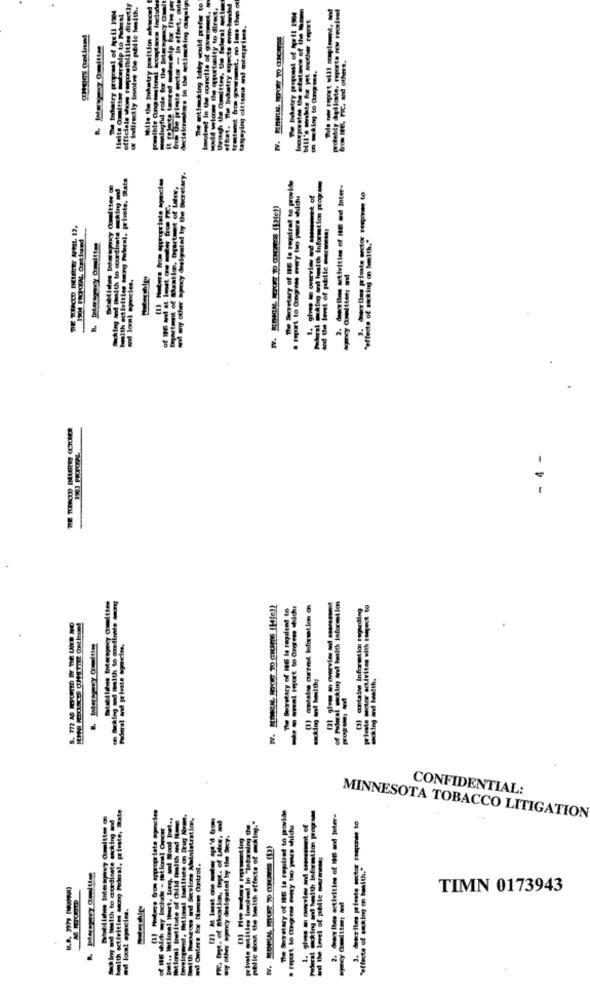
officials shoes responsibilities directly
@ indirectly bavive the pelle humwith.
Hallo the inkatry position forced
fre Ow private sector - In effect, oute
De witfucking Ietby would prefer to
wald wlow Die qurtally to direct,
The Iroatty cnpects -vm-henke
y opticaite, reporte rov received
Haita Committee mierchip to Fahertl
Involved In te canelle of government.
bill's mnleite for yet another report
Ang citizens and enterprises.
woningful role for the Inten
hic. and others.
activities tuong Federal, private, State
The Heretary of It to required to provide
2- derlle etivities of ItE ad Inter-
a report to Congress every time years chidu
tron PIC.
nd De level of public meranese:
& Magic Omitty
- 4 -
Federal and private species.
sucking and healthy
CONFIDENTIAL:
helth activities sung Federal, private, State
The Secretary of IS io repaired to provide
(1) hooters from appropriate agencies
milosi betitute of child Ilth - 1-
Molth heroes and Services Atulnistration,
hihith effects of making."
les activities of 196 and Inter-
to stitle lmotel In Intoaniny de
a report to Caigress every tuo youre which
MINNESOTA TOBACCO LITIGATION
other spicy desigsted by the Secy.
w Omters for Diennes Control.
TIMN 0173943
--